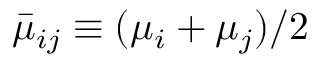
\bar { \mu } _ { i j } \equiv ( \mu _ { i } + \mu _ { j } ) / 2